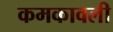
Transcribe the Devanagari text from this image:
कमकावली